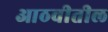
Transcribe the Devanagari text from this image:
आठवीतील